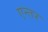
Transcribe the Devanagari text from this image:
एन्तर